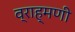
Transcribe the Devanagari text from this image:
व्राह्मणी